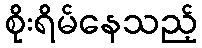
စိုးရိမ်နေသည့်